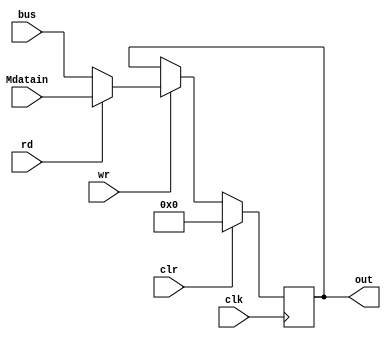
module MDR_Reg(out, Mdatain, bus, wr, rd, clr, clk);
    output reg [31:0] out;
    input [31:0] Mdatain, bus;
    input rd, clr, clk, wr;
    wire [31:0] in;
    always @(posedge clk)
                if(clr)
                    out=0;
                else if(wr)
                    if(rd)
                        out = Mdatain;
                else
                        out = bus;
endmodule